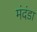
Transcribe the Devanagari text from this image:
मंदंडा